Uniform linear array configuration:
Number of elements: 12
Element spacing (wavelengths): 0.25
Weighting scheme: hamming
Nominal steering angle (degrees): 15
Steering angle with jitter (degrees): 16.069
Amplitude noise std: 0.05
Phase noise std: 0.05

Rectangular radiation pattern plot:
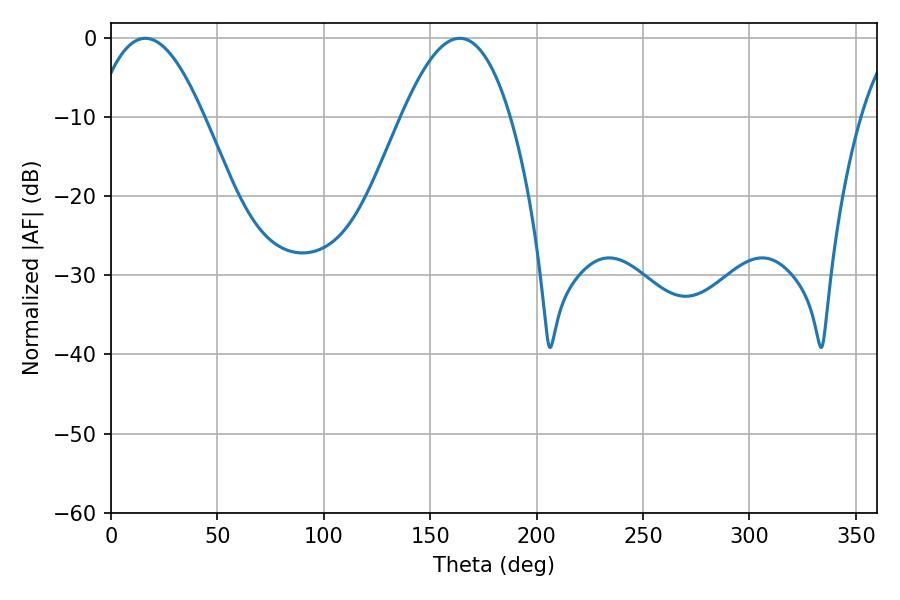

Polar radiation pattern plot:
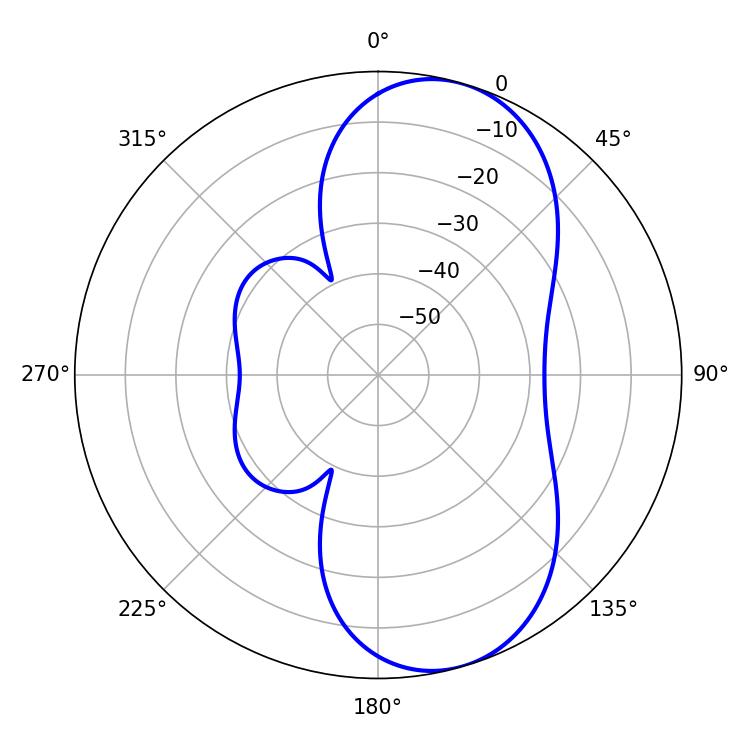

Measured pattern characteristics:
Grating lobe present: FALSE
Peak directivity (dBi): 8.081
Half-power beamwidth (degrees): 27.9
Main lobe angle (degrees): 16.2